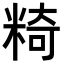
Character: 𥺿